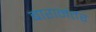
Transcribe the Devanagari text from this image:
बारानंतर